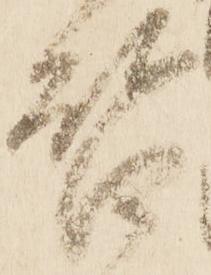
啓